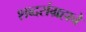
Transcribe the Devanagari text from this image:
शब्दसंग्रहाचे